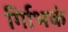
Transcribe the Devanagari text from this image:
र्गािभकं